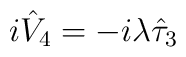
i \hat{V}_4 = - i \lambda \hat{\tau}_3